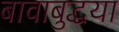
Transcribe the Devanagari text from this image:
बावाबुद्धया